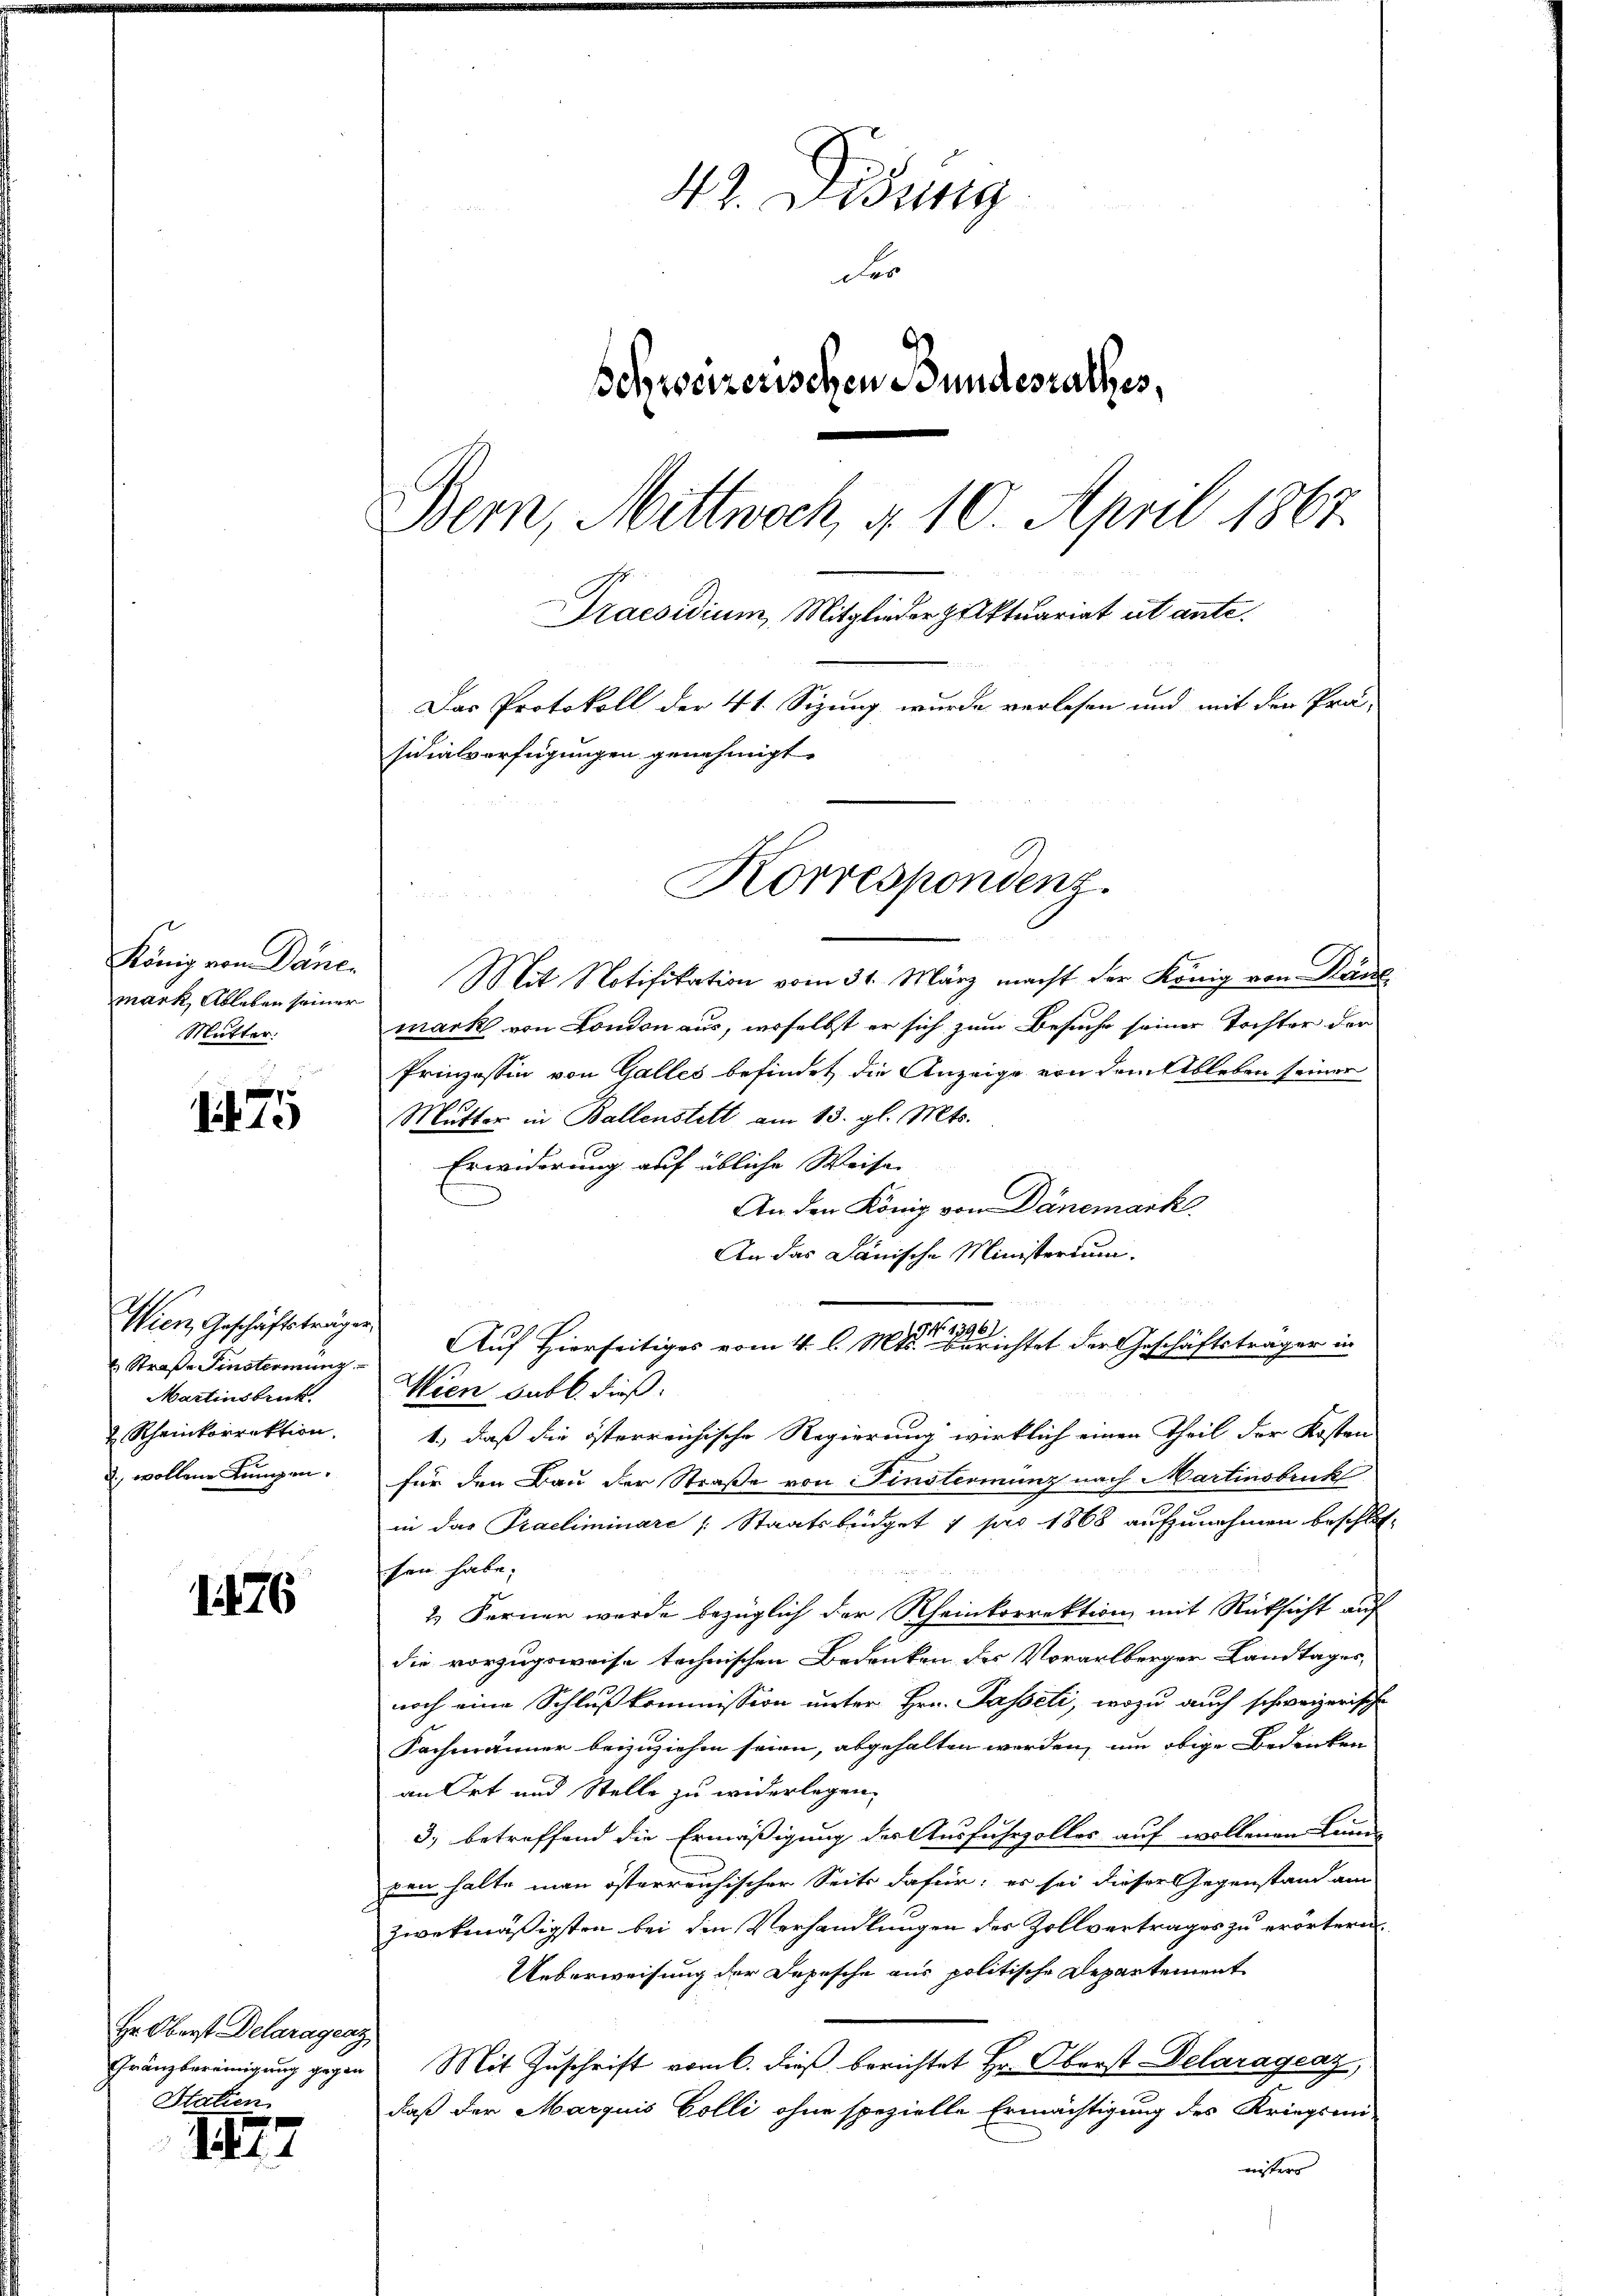
mark, Ableben seiner
Mutter.

75

Wien, Geschäftsträgen.
 Straße Finsterimung.
Martinsbruck.
 Rheinkorrektion,
d. wollene Lungen.

1176

Hr. Oberst Delaragenz
Statien

1277

42. Didung
Fe
Schweizerischen Bundesrathes,
Bern, Mittwoch, d. 10. April 1867.
Praesidium, Mitglieder pulktuariat ut ante.
Das Protokoll der 4t. Sizung wurde verlesen und mit den Prä-
sidialverfügungen genehmigt.

König von Däne. Mit Notifikation vom 31. März macht der König von Kant
mark von London aus, derselbst er sich zum Besuche seiner Tochter der
Prinzessin von Galles befindet die Anzeige von dem Ableben seiner
Mutter in Ballenstett am 13. gl. Mts.
Erwiderung auf übliche Weise |
An den König von Dänemark
An das Dänische Ministerium.
Wien subl. dieß:
1.) daß die österreichische Regierung wirklich einen Theil der Kosten
für den Bau der Straße von Finsterminz nach Martinsbruck
in das Praeliminare (: Staatsbüdget 1 pro 1868 aufzunehmen beschlos-
sen habe;
2. Ferner werde bezüglich der Rheinkorrektion mit Rücksicht auf
die vorzugsweise technischen Bedenken der Vorarlberger Landtages,
noch eine Schluß kommission unter Hrn. Passeli, wozu auch schweizerische
Fachmänner beizuziehen seien, abgehalten werden, um obige Bedenken
an Ort und Stelle zu widerlegen.
3.) betreffend die Ermäßigung der Ausfuhrzoller auf wollenen Leum-
pen halte man österreichischer Seits dafür, es sei dieser Gegenstand am
zwekmäßigsten bei die Verhandlungen des Zollvertrages zu erörtern
Ueberweisung der Depesche aus politische Departement
Gränzbereinigung gegen Mit Zuschrift vom 6. dieß berichtet Hr. Oberst Delaragraz,
daß der Marquis Colli ohne spezielle Ermächtigung des Kriegsmi-
nisters

Korrespondenz.

No 13961
Auf Hierseitiges vom 4. l. Mts. Berichtet der Geschäftsträger in